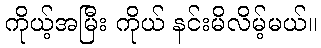
ကိုယ့်အမြီး ကိုယ် နင်းမိလိမ့်မယ်။